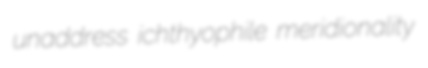
unaddress ichthyophile meridionality